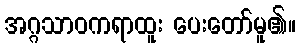
အဂ္ဂသာဝကရာထူး ပေးတော်မူ၏။